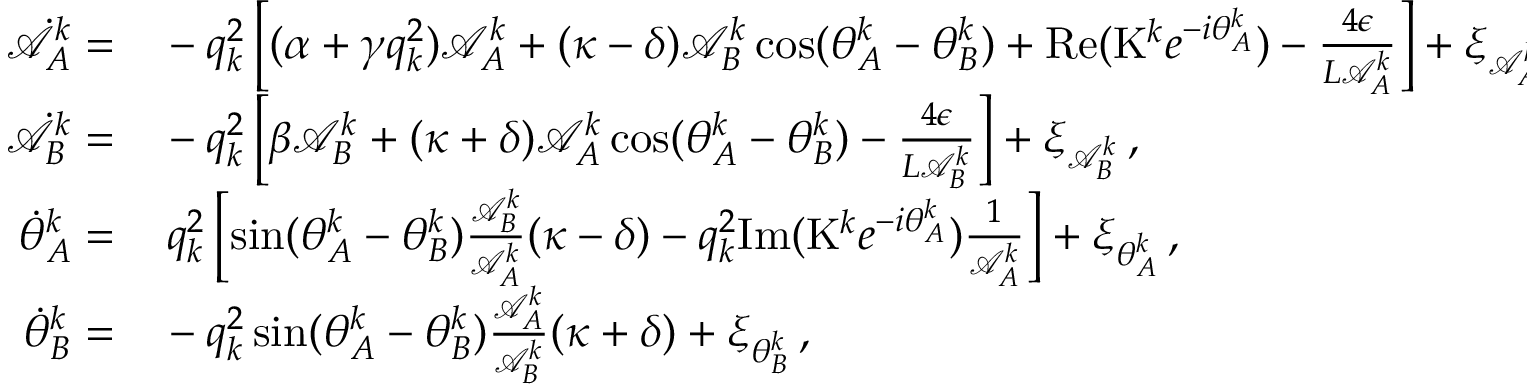
\begin{array} { r l } { \dot { \mathcal { A } } _ { A } ^ { k } = } & { { } - q _ { k } ^ { 2 } \left[ ( \alpha + \gamma q _ { k } ^ { 2 } ) \mathcal { A } _ { A } ^ { k } + ( \kappa - \delta ) \mathcal { A } _ { B } ^ { k } \cos ( \theta _ { A } ^ { k } - \theta _ { B } ^ { k } ) + \mathrm { R e } ( \mathrm { K } ^ { k } e ^ { - i \theta _ { A } ^ { k } } ) - \frac { 4 \epsilon } { L \mathcal { A } _ { A } ^ { k } } \right] + \xi _ { \mathcal { A } _ { A } ^ { k } } \, , } \\ { \dot { \mathcal { A } } _ { B } ^ { k } = } & { { } - q _ { k } ^ { 2 } \left[ \beta \mathcal { A } _ { B } ^ { k } + ( \kappa + \delta ) \mathcal { A } _ { A } ^ { k } \cos ( \theta _ { A } ^ { k } - \theta _ { B } ^ { k } ) - \frac { 4 \epsilon } { L \mathcal { A } _ { B } ^ { k } } \right] + \xi _ { \mathcal { A } _ { B } ^ { k } } \, , } \\ { \dot { \theta } _ { A } ^ { k } = } & { { } \, q _ { k } ^ { 2 } \left[ \sin ( \theta _ { A } ^ { k } - \theta _ { B } ^ { k } ) \frac { \mathcal { A } _ { B } ^ { k } } { \mathcal { A } _ { A } ^ { k } } ( \kappa - \delta ) - q _ { k } ^ { 2 } \mathrm { I m } ( \mathrm { K } ^ { k } e ^ { - i \theta _ { A } ^ { k } } ) \frac { 1 } { \mathcal { A } _ { A } ^ { k } } \right] + \xi _ { \theta _ { A } ^ { k } } \, , } \\ { \dot { \theta } _ { B } ^ { k } = } & { { } - q _ { k } ^ { 2 } \sin ( \theta _ { A } ^ { k } - \theta _ { B } ^ { k } ) \frac { \mathcal { A } _ { A } ^ { k } } { \mathcal { A } _ { B } ^ { k } } ( \kappa + \delta ) + \xi _ { \theta _ { B } ^ { k } } \, , } \end{array}